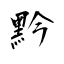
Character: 黔